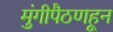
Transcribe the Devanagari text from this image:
मुंगीपैठणहून